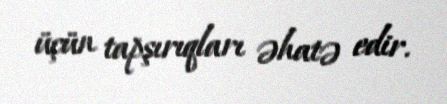
üçün tapşırıqları əhatə edir.